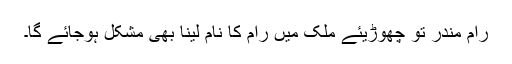
رام مندر تو چھوڑیئے ملک میں رام کا نام لینا بھی مشکل ہوجائے گا۔